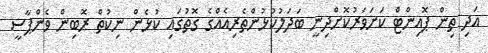
އަދި ތިން ޕޮއިންޓް ކަށަވަރުކޮށްދިނީ ބަދަލުކުޅުންތެރިއެއްގެ ގޮތުގައި ކުޅެން ނިކުތް ރޮބިން ވެންޕާސީ